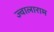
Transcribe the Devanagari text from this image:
ज्वालाराम